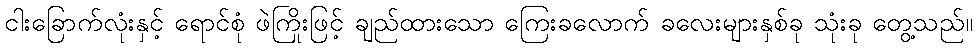
ငါးခြောက်လုံးနှင့် ရောင်စုံ ဖဲကြိုးဖြင့် ချည်ထားသော ကြေးခလောက် ခလေးများနှစ်ခု သုံးခု တွေ့သည်။